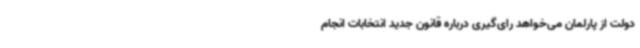
دولت از پارلمان می‌خواهد رای‌گیری درباره قانون جدید انتخابات انجام